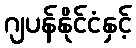
ဂျပန်နိုင်ငံနှင့်